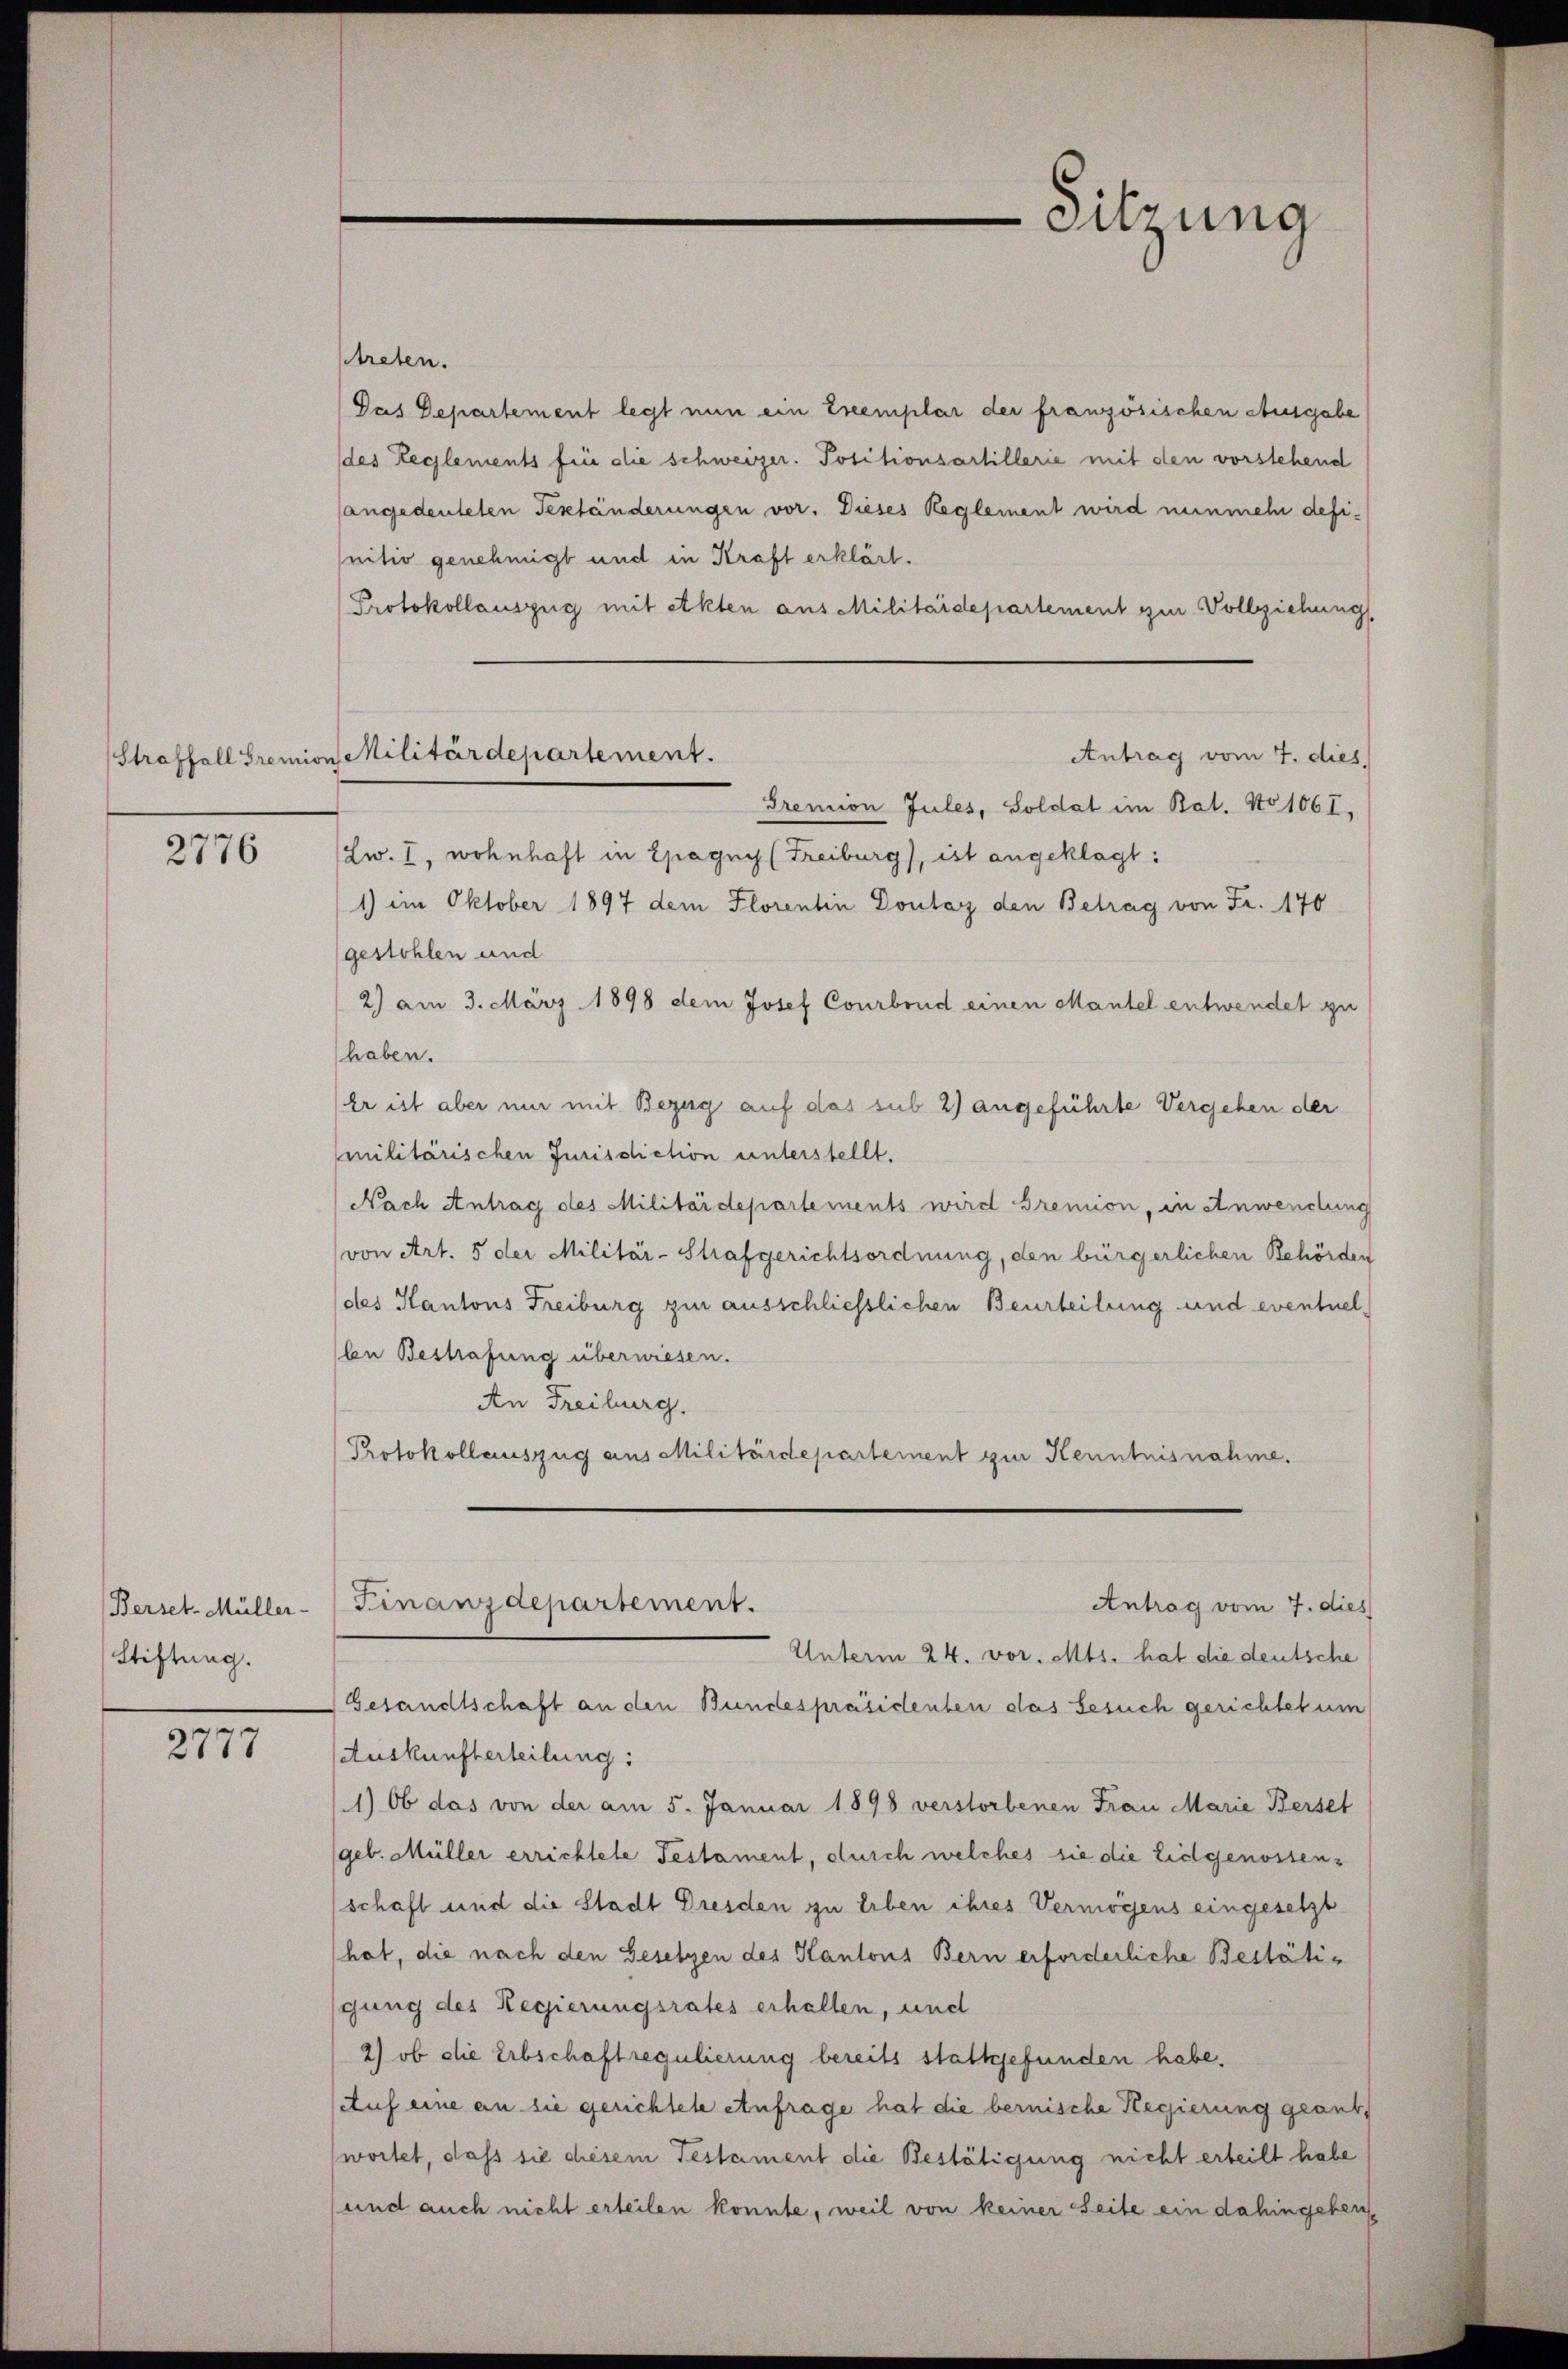
Straffall Gremis

2776

Berset-Müller-
Stiftung.

2777

treten.
Das Departement legt nun ein Exemplar der französischen Ausgabe
des Reglements für die schweizer. Positionsartillerie mit den vorstehend
sangedeuteten Geständerungen vor. Dieses Reglement wird nunmehr definitiv genehmigt und in Kraft erklärt.
Protokollauszug mit Akten aus Militärdepartement zur Vollziehung
Gremion Jules, Soldat im Bat. No 1061.
(Zw. I, wohnhaft in Epagny (Freiburg), ist angeklagt:
1) im Oktober 1897 dem Florentin Doulay den Betrag von Fr. 170
gestohlen und
2) am 3. März 1898 dem Josef Courbend einen Mantel entwendet zu
haben.
Er ist aber nur mit Bezug auf das sub 2) angeführte Vergehen der
militärischen Jurisdiction unterstellt.
Nach Antrag des Militärdepartements wird Bremion, in Anwendung
(von Art. 5 der Militär-Strafgerichtsordnung, den bürgerlichen Behörden
des Kantons Freiburg zur ausschliesslichen Beurteilung und eventuelbe Bestrafung überwiesen.
An Freiburg.
Protokollauszug aus Militärdepartement zur Kenntnisnahme.
Finanzdepartement.
Antrag vom 7. dies
Unterm 24. vor. Mts. hat die deutsche
Gesandtschaft an den Bundespräsidenten das Gesuch gerichtet um
Auskunfterteilung:
1) Ob das von der am 5. Januar 1898 verstorbenen Frau Marie Berset
(geb. Müller errichtete Testament, durch welches sie die Eidgenossen-
schaft und die Stadt Dresden zu Erben ihres Vermögens eingesetzt
hat, die nach den Gesetzen des Kantons Bern erforderliche Bestätigung des Regierungsrates erhalten, und
2) ob die Erbschaftregulierung bereits stattgefunden habe.
Auf eine an sie gerichtete einfrage hat die bernische Regierung geantwortet, dass sie diesem Testament die Bestätigung nicht erteilt habe
und auch nicht erteilen konnte, weil von keiner Seite ein dahingeben¬

Sitzung

u Militärdepartement.
Antrag vom 7. dies